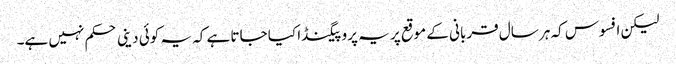
لیکن افسوس کہ ہر سال قربانی کے موقع پر یہ پروپیگنڈا کیا جاتا ہے کہ یہ کوئی دینی حکم نہیں ہے۔